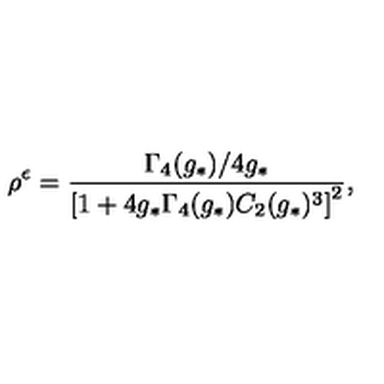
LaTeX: \rho ^ { \epsilon } = \frac { \Gamma _ { 4 } ( g _ { * } ) / 4 g _ { * } } { \left[ 1 + 4 g _ { * } \Gamma _ { 4 } ( g _ { * } ) C _ { 2 } ( g _ { * } ) ^ { 3 } \right] ^ { 2 } } ,